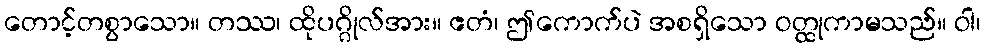
တောင့်တစွာသော။ တဿ၊ ထိုပဂ္ဂိုလ်အား။ ဧတံ၊ ဤကောက်ပဲ အစရှိသော ဝတ္ထုကာမသည်။ ဝါ၊